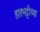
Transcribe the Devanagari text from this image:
हातभट्टीच्या